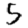
Digit: 5